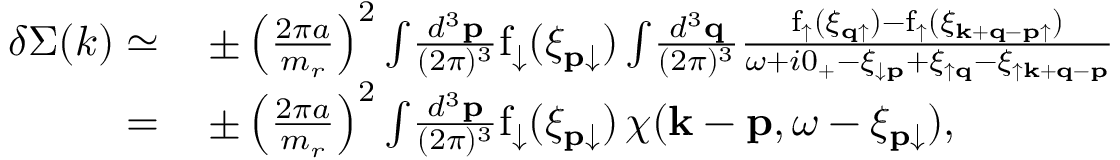
\begin{array} { r l } { \delta \Sigma ( k ) \simeq } & { \, \pm \left( \frac { 2 \pi a } { m _ { r } } \right) ^ { 2 } \int \! \frac { d ^ { 3 } \mathbf { p } } { ( 2 \pi ) ^ { 3 } } \mathrm { f } _ { \downarrow } ( \xi _ { \mathbf { p } \downarrow } ) \int \! \frac { d ^ { 3 } \mathbf { q } } { ( 2 \pi ) ^ { 3 } } \frac { \mathrm { f } _ { \uparrow } ( \xi _ { \mathbf { q } \uparrow } ) - \mathrm { f } _ { \uparrow } ( \xi _ { \mathbf { k } + \mathbf { q } - \mathbf { p } \uparrow } ) } { \omega + i 0 _ { + } - \xi _ { \downarrow \mathbf { p } } + \xi _ { \uparrow \mathbf { q } } - \xi _ { \uparrow \mathbf { k } + \mathbf { q } - \mathbf { p } } } } \\ { = } & { \, \pm \left( \frac { 2 \pi a } { m _ { r } } \right) ^ { 2 } \int \! \frac { d ^ { 3 } \mathbf { p } } { ( 2 \pi ) ^ { 3 } } \mathrm { f } _ { \downarrow } ( \xi _ { \mathbf { p } \downarrow } ) \, \chi ( \mathbf { k } - \mathbf { p } , \omega - \xi _ { \mathbf { p } \downarrow } ) , } \end{array}